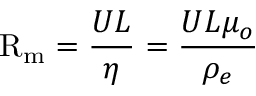
\mathrm { R } _ { \mathrm { m } } = { \frac { U L } { \eta } } = { \frac { U L \mu _ { o } } { \rho _ { e } } }